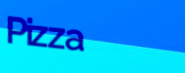
Pizza